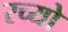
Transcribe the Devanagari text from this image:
रच्यो